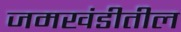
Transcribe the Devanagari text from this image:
जमखंडीतील